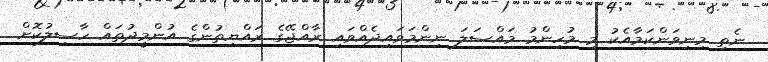
ނެތި މިނިވަންކަމާއެކު މި މުހިންމު މައްސަލަ ނިންމަވައިދެއްވައި ރާއްޖޭގެ ރައްޔިތުންގެ އުންމީދުތައް ހާސިލުކޮށް